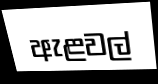
ඇළවල්